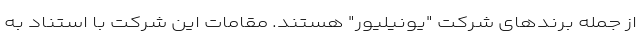
از جمله برندهای شرکت "یونیلیور" هستند. مقامات این شرکت با استناد به